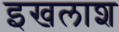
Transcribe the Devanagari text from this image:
इखलाश